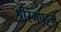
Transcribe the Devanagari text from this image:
श्रीरंगपट्टम्